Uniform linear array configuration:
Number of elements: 32
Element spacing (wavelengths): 1
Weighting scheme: cosine
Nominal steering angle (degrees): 30
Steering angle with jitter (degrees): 29.61
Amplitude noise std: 0.05
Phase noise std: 0.05

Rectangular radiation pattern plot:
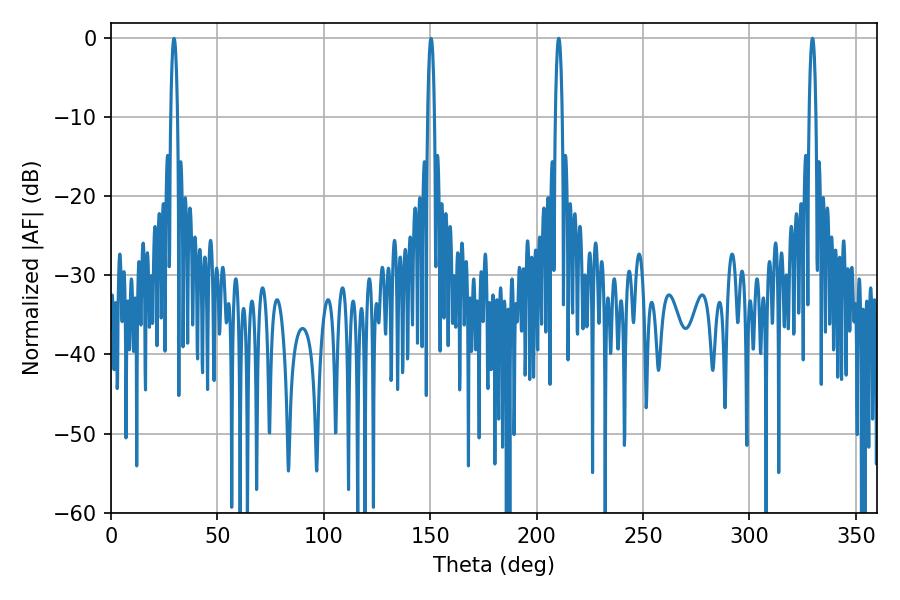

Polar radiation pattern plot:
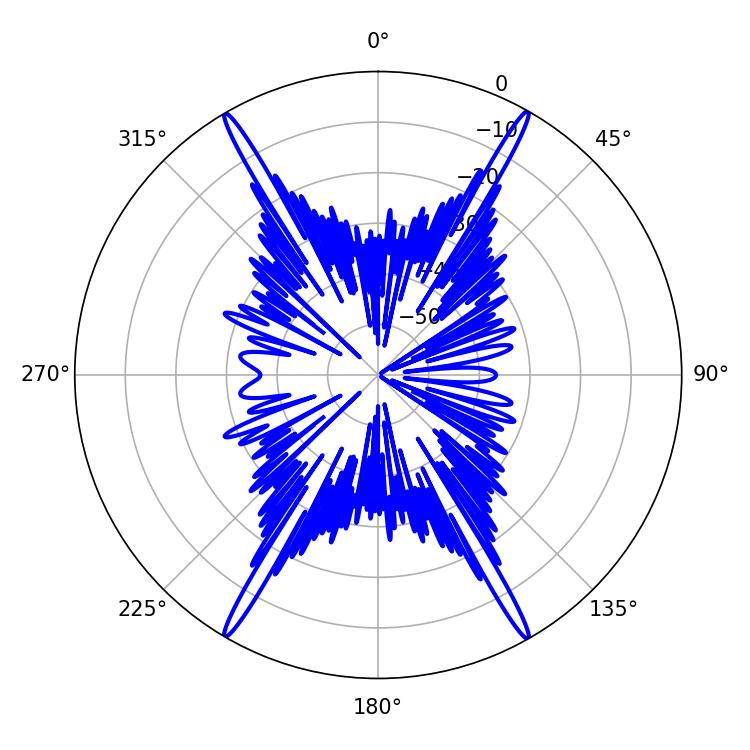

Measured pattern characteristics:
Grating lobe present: TRUE
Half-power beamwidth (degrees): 1.8
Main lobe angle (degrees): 210.42